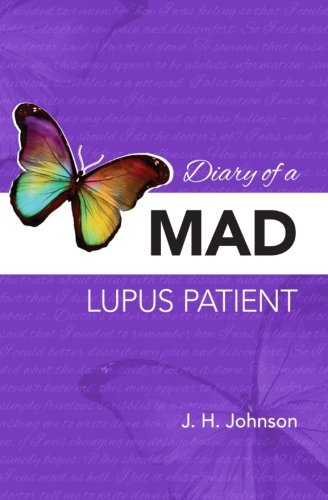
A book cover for Diary of a Mad Lupus Patient: Shortness of Breath; J. H. Johnson; Health, Fitness & Dieting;